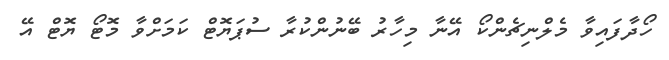
ހޯދާފައިވާ މެލްނިޗެންކޯ އޭނާ މިހާރު ބޭނުންކުރާ ސުޕަޔޮޓް ކަމަށްވާ މޮޓޯ ޔޮޓް އޭ